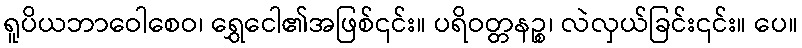
ရူပိယဘာဝေါစေဝ၊ ရွှေငေါ၏အဖြစ်၎င်း။ ပရိဝတ္တနဉ္စ၊ လဲလှယ်ခြင်း၎င်း။ ပေ။